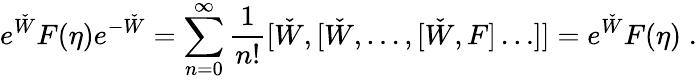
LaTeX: e^{\check{W}}F(\eta)e^{-\check{W}}=\sum_{n=0}^{\infty}\frac{1}{n!}[\check{W},[\check{W},\ldots,[\check{W},F]\ldots]]=e^{\check{W}}F(\eta)\; .